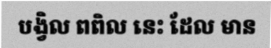
បង្វិល ពពិល នេះ ដែល មាន